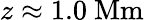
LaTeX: z\approx 1.0\ \mathrm{Mm}